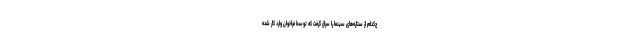
چ‌کدام از ستاره‌های سینما را سراغ گرفت که توسط فراخوان وارد کار شده